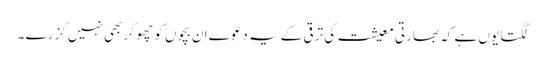
لگتا یوں ہے کہ بھارتی معیشت کی ترقی کے یہ دعوے ان بچوں کو چھو کر بھی نہیں گزرے ۔